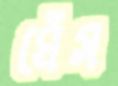
ঘেঁস